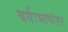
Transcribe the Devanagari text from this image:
वर्गःभाषांतर